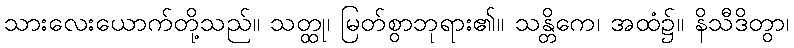
သားလေးယောက်တို့သည်။ သတ္ထု၊ မြတ်စွာဘုရား၏။ သန္တိကေ၊ အထံ၌။ နိသီဒိတွာ၊